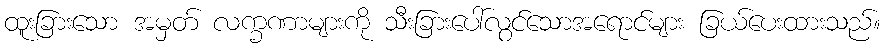
ထူးခြားသော အမှတ် လက္ခဏာများကို သီးခြားပေါ်လွင်သောအရောင်များ ခြယ်ပေးထားသည်။